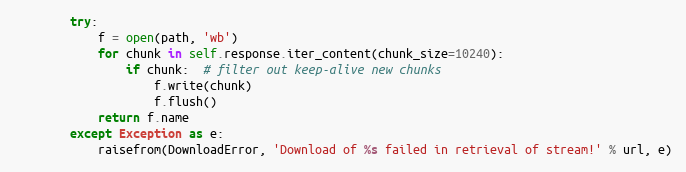
Language: Python
        try:
            f = open(path, 'wb')
            for chunk in self.response.iter_content(chunk_size=10240):
                if chunk:  # filter out keep-alive new chunks
                    f.write(chunk)
                    f.flush()
            return f.name
        except Exception as e:
            raisefrom(DownloadError, 'Download of %s failed in retrieval of stream!' % url, e)